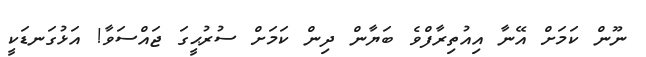
ނޫން ކަމަށް އޭނާ އިއުތިރާފްވެ ބަޔާން ދިން ކަމަށް ސުރުޙީގަ ޖައްސަވާ! އަޅުގަނޑަކީ